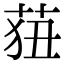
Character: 莥